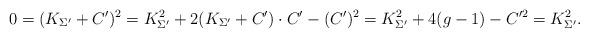
LaTeX: \begin{align*} 0=(K_{\Sigma'}+C')^2= K_{\Sigma'}^2 +2(K_{\Sigma'}+C')\cdot C' -(C')^2=K_{\Sigma'}^2+4(g-1)-C'^2=K_{\Sigma'}^2.\end{align*}